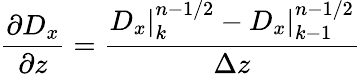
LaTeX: \frac{\partial D_{x}}{\partial z}=\frac{D_{x}|_{k}^{n-1/2}-D_{x}|_{k-1}^{n-1/2}}{\Delta z}